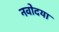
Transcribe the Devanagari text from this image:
नवोदया